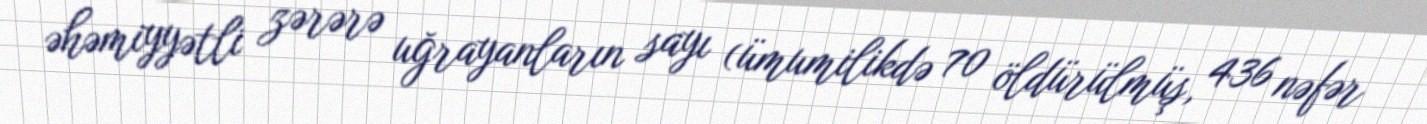
əhəmiyyətli zərərə uğrayanların sayı (ümumilikdə 70 öldürülmüş, 436 nəfər